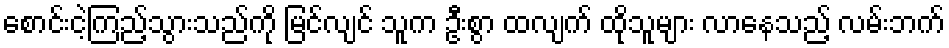
စောင်းငဲ့ကြည့်သွားသည်ကို မြင်လျင် သူက ဦးစွာ ထလျက် ထိုသူများ လာနေသည့် လမ်းဘက်